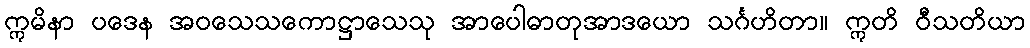
ဣမိနာ ပဒေန အဝသေသကောဋ္ဌာသေသု အာပေါဓာတုအာဒယော သင်္ဂဟိတာ။ ဣတိ ဝီသတိယာ